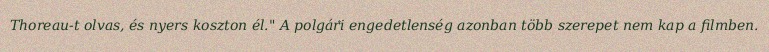
Thoreau-t olvas, és nyers koszton él." A polgári engedetlenség azonban több szerepet nem kap a filmben.